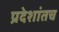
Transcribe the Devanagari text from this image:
प्रदेशांतच